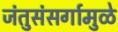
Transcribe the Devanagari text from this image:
जंतुसंसर्गामुळे